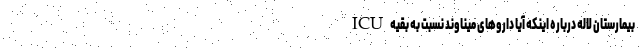
ICU بیمارستان لاله درباره اینکه آیا داروهای میناوند نسبت به بقیه